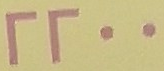
2200